Indian journal of veterinary science and animal husbandry - Volume 7,
Year: 1937
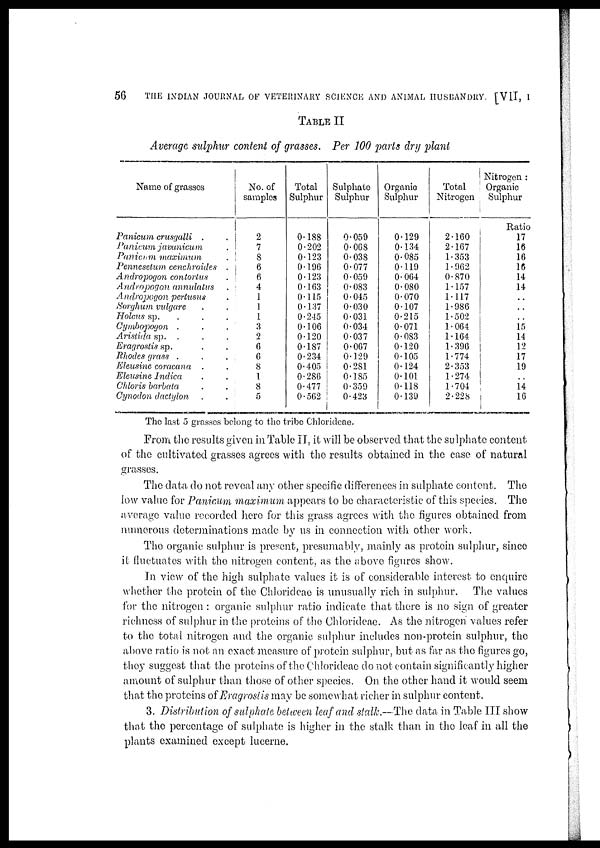
56
THE INDIAN JOURNAL OF VETERINARY SCIENCE AND ANIMAL HUSBANDRY [VII, I
TABLE II
Average sulphur content of grasses. Per 100 parts dry plant
Name of grasses
Panicum crusgalli . .
Panicum javanicum .
Panicum maximum .
Pennesetum cenchroides .
Andropogon contotus .
Andropogon annulatus .
Andropogon pertusus .
Sorghum vulgare .
Holcus sp. . .
Cymbopogon . .
Aristida sp. . .
Eragrostis sp. . .
Rhodes grass . .
Eleusine coracana . .
Elcusine Indica . .
Chloris barbata . .
Cynodon dactylon . .
No. of
samples
2
7
8
6
6
4
1
1
1
3
2
6
6
8
1
8
5
Total
Sulphur
0.188
0.202
0.123
0.196
0.123
0.163
0.115
0.137
0.245
0.106
0.120
0.187
0.234
0.405
0.286
0.477
0.562
Sulphate
Sulphur
0.059
0.068
0.038
0.077
0.059
0.083
0.045
0.030
0.031
0.034
0.037
0.067
0.129
0.281
0.185
0.359
0.423
Organic
Sulphur
0.129
0.134
0.085
0.119
0.064
0.080
0.070
0.107
0.215
0.071
0.083
0.120
0.105
0.124
0.101
0.118
0.139
Total
Nitrogen
2.160
2.167
1.353
1.962
0.870
1.157
1.117
1.986
1.502
1.064
1.164
1.396
1.774
2.353
1.274
1.704
2.228
Nitrogen :
Organic
Sulphur
Ratio
17
16
16
16
14
14
..
..
..
15
14
12
17
19
..
14
16
The last 5 grasses belong to the tribe Chlorideae.
From the results given in Table II, it will be observed that the sulphate content
of the cultivated grasses agrees with the results obtained in the case of natural
grasses.
The data do not reveal any other specific differences in sulphate content. The
low value for Panicum maximum appears to be characteristic of this species. The
average value recorded here for this grass agrees with the figures obtained from
numerous determinations made by us in connection with other work.
The organic sulphur is present, presumably, mainly as protein sulphur, since
it fluctuates with the nitrogen content, as the above figures show.
In view of the high sulphate values it is of considerable interest to enquire
whether the protein of the Chlorideae is unusually rich in sulphur. The values
for the nitrogen : organic sulphur ratio indicate that there is no sign of greater
richness of sulphur in the proteins of the Chlorideae. As the nitrogen values refer
to the total nitrogen and the organic sulphur includes non-protein sulphur, the
above ratio is not an exact measure of protein sulphur, but as far as the figures go,
they suggest that the proteins of the Chlorideae do not contain significantly higher
amount of sulphur than those of other species. On the other hand it would seem
that the proteins of Eragrostis may be somewhat richer in sulphur content.
3. Distribution of sulphate between leaf and stalk.— The data in Table III show
that the percentage of sulphate is higher in the stalk than in the leaf in all the
plants examined except lucerne.